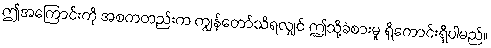
ဤအကြောင်းကို အစကတည်းက ကျွန်တော်သိရလျှင် ဤသို့ခံစားမှု ရှိကောင်းရှိပါမည်။